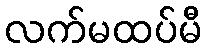
လက်မထပ်မီ